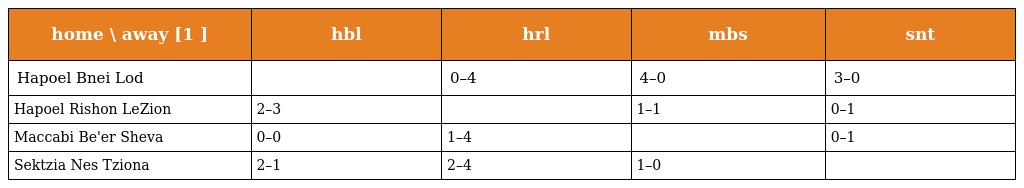
| home \ away [1 ] | hbl | hrl | mbs | snt |
 | --- | --- | --- | --- | --- |
 | Hapoel Bnei Lod |  | 0–4 | 4–0 | 3–0 |
 | Hapoel Rishon LeZion | 2–3 |  | 1–1 | 0–1 |
 | Maccabi Be'er Sheva | 0–0 | 1–4 |  | 0–1 |
 | Sektzia Nes Tziona | 2–1 | 2–4 | 1–0 |  |